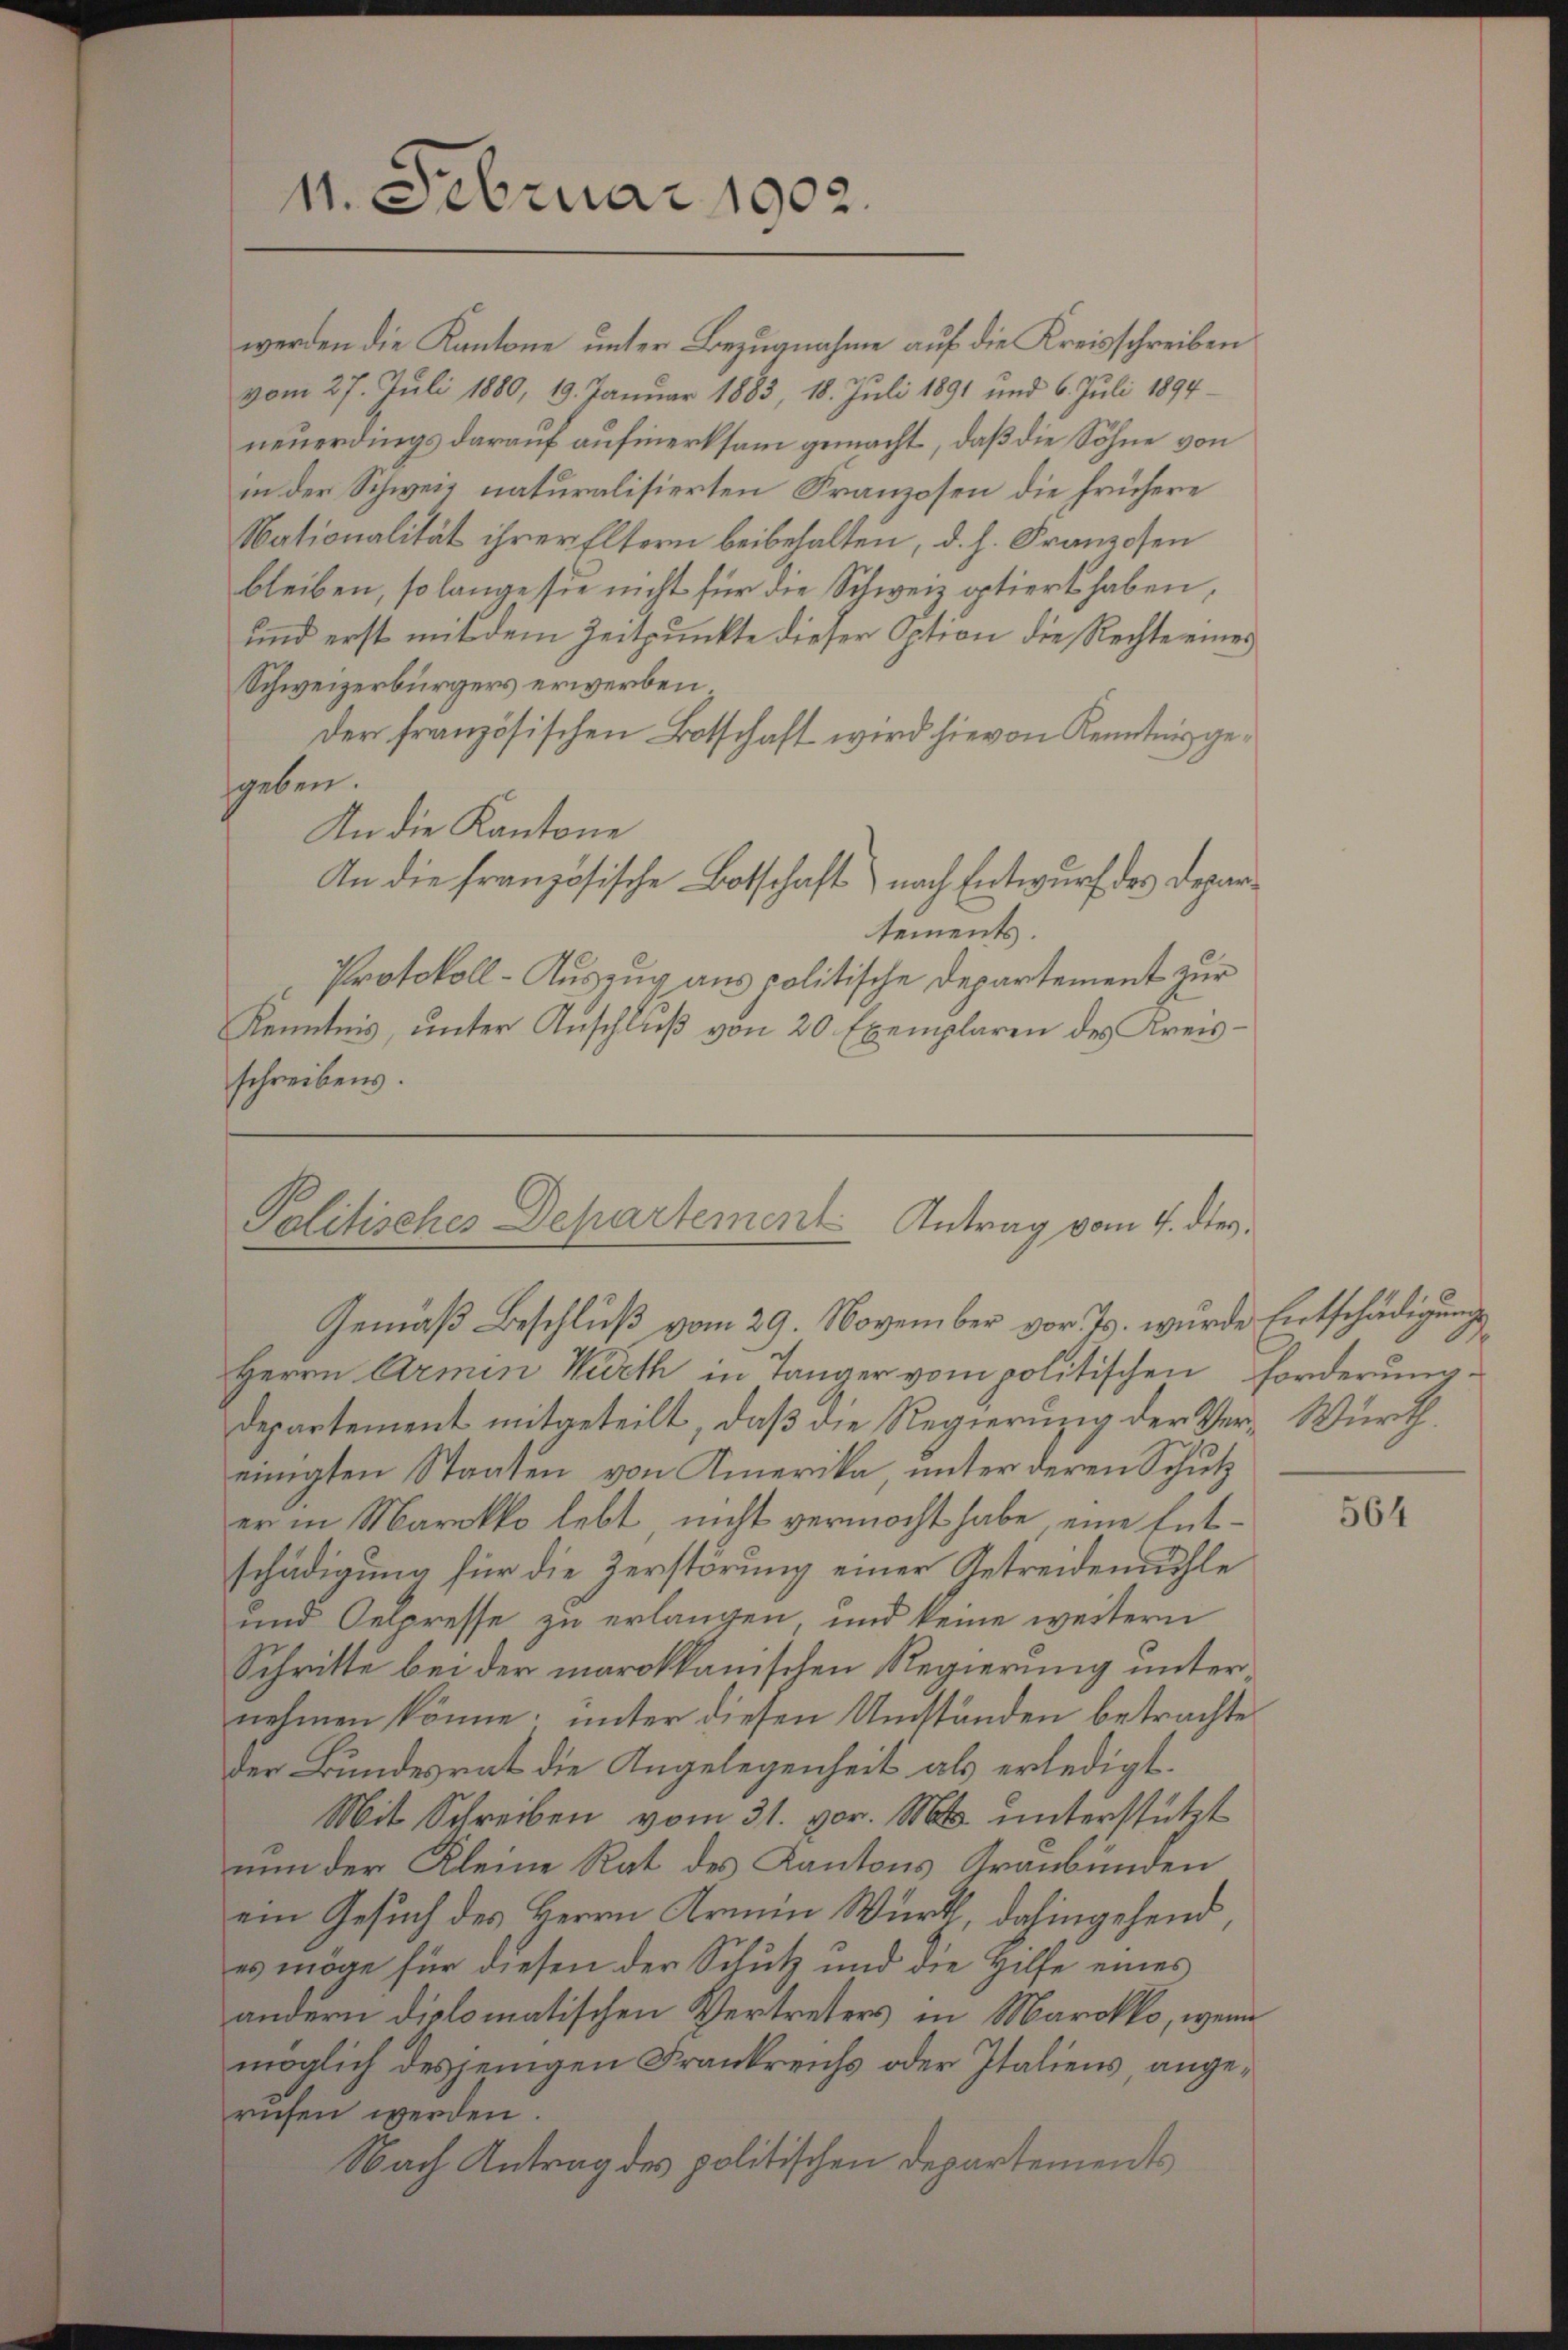
werden die Kantone unter Bezugnahme auf die Kreisschreiben
vom 27. Juli 1880, 19. Januar 1883, 18. Juli 1891 und 6. Juli 1894
neuerdings darauf aufmerksam gemacht, daß die Söhne von
in der Schweiz naturalisierten Franzosen die frühere
Nationalität ihrer Eltern beibehalten, d. h. Franzosen
bleiben, so lange sie nicht für die Schweiz optiert haben,
und erst mit dem Zeitpunkte dieser Option die Rechte eines
Schweizerbürgers erwerben
Der französischen Botschaft wird hievon Kenntnis gesgeben.
An die Kantone
An die französische Botschaft) nach Entwurf des Departements.
Protokoll-Auszug aus politische Departement zur
Kenntnis, unter Anschluß von 20. Exemplaren des Kreisschreibens.

11. Februar 1902.

Politisches Departement Antrag vom 4. dies¬
Gemäß Beschluß vom 29. November vor. Js. wurde Entschädigung

Herrn Armen Widet in Tanger vom politischen Forderungs¬
Departement mitgeteilt, daß die Regierung der Ver-Würtheinigten Staaten von Amerika, unter deren Schutz
er in Marokko lebt, nicht vermocht habe, eine Entschädigung für die Zerstörung einer Getreidemühle
und Oelpresse zu erlangen und keine weitern
Schritte bei der marokkanischen Regierung unter
nehmen könne; unter diesen Umständen betrachte
der Bundesrat die Angelegenheit als erledigt.
Mit Schreiben vom 31. vor. Mts. unterstützt
nun der Kleine Rat des Kantons Graubünden
ein Gesuch des Herrn Armin Würth, dahingehend,
es möge für diesen der Schutz und die Hilfe eines
andern diplomatischen Vertreters in Marokko, wenn
möglich desjenigen Frankreichs oder Italiens, angerufen werden.
Nach Antrag des politischen Departements

.

564